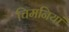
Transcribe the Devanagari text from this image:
चिमनियां